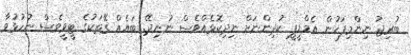
ބުރިޖު ނިންމިފަހުން އެމްޑީޕީ ކުދިންނަށް ނިދިކޮޅެއްވެސް ނުނިދޭ. ބައެއް ގޭތަކުގެ ޓީވީވެސް ނުހުޅުވާ